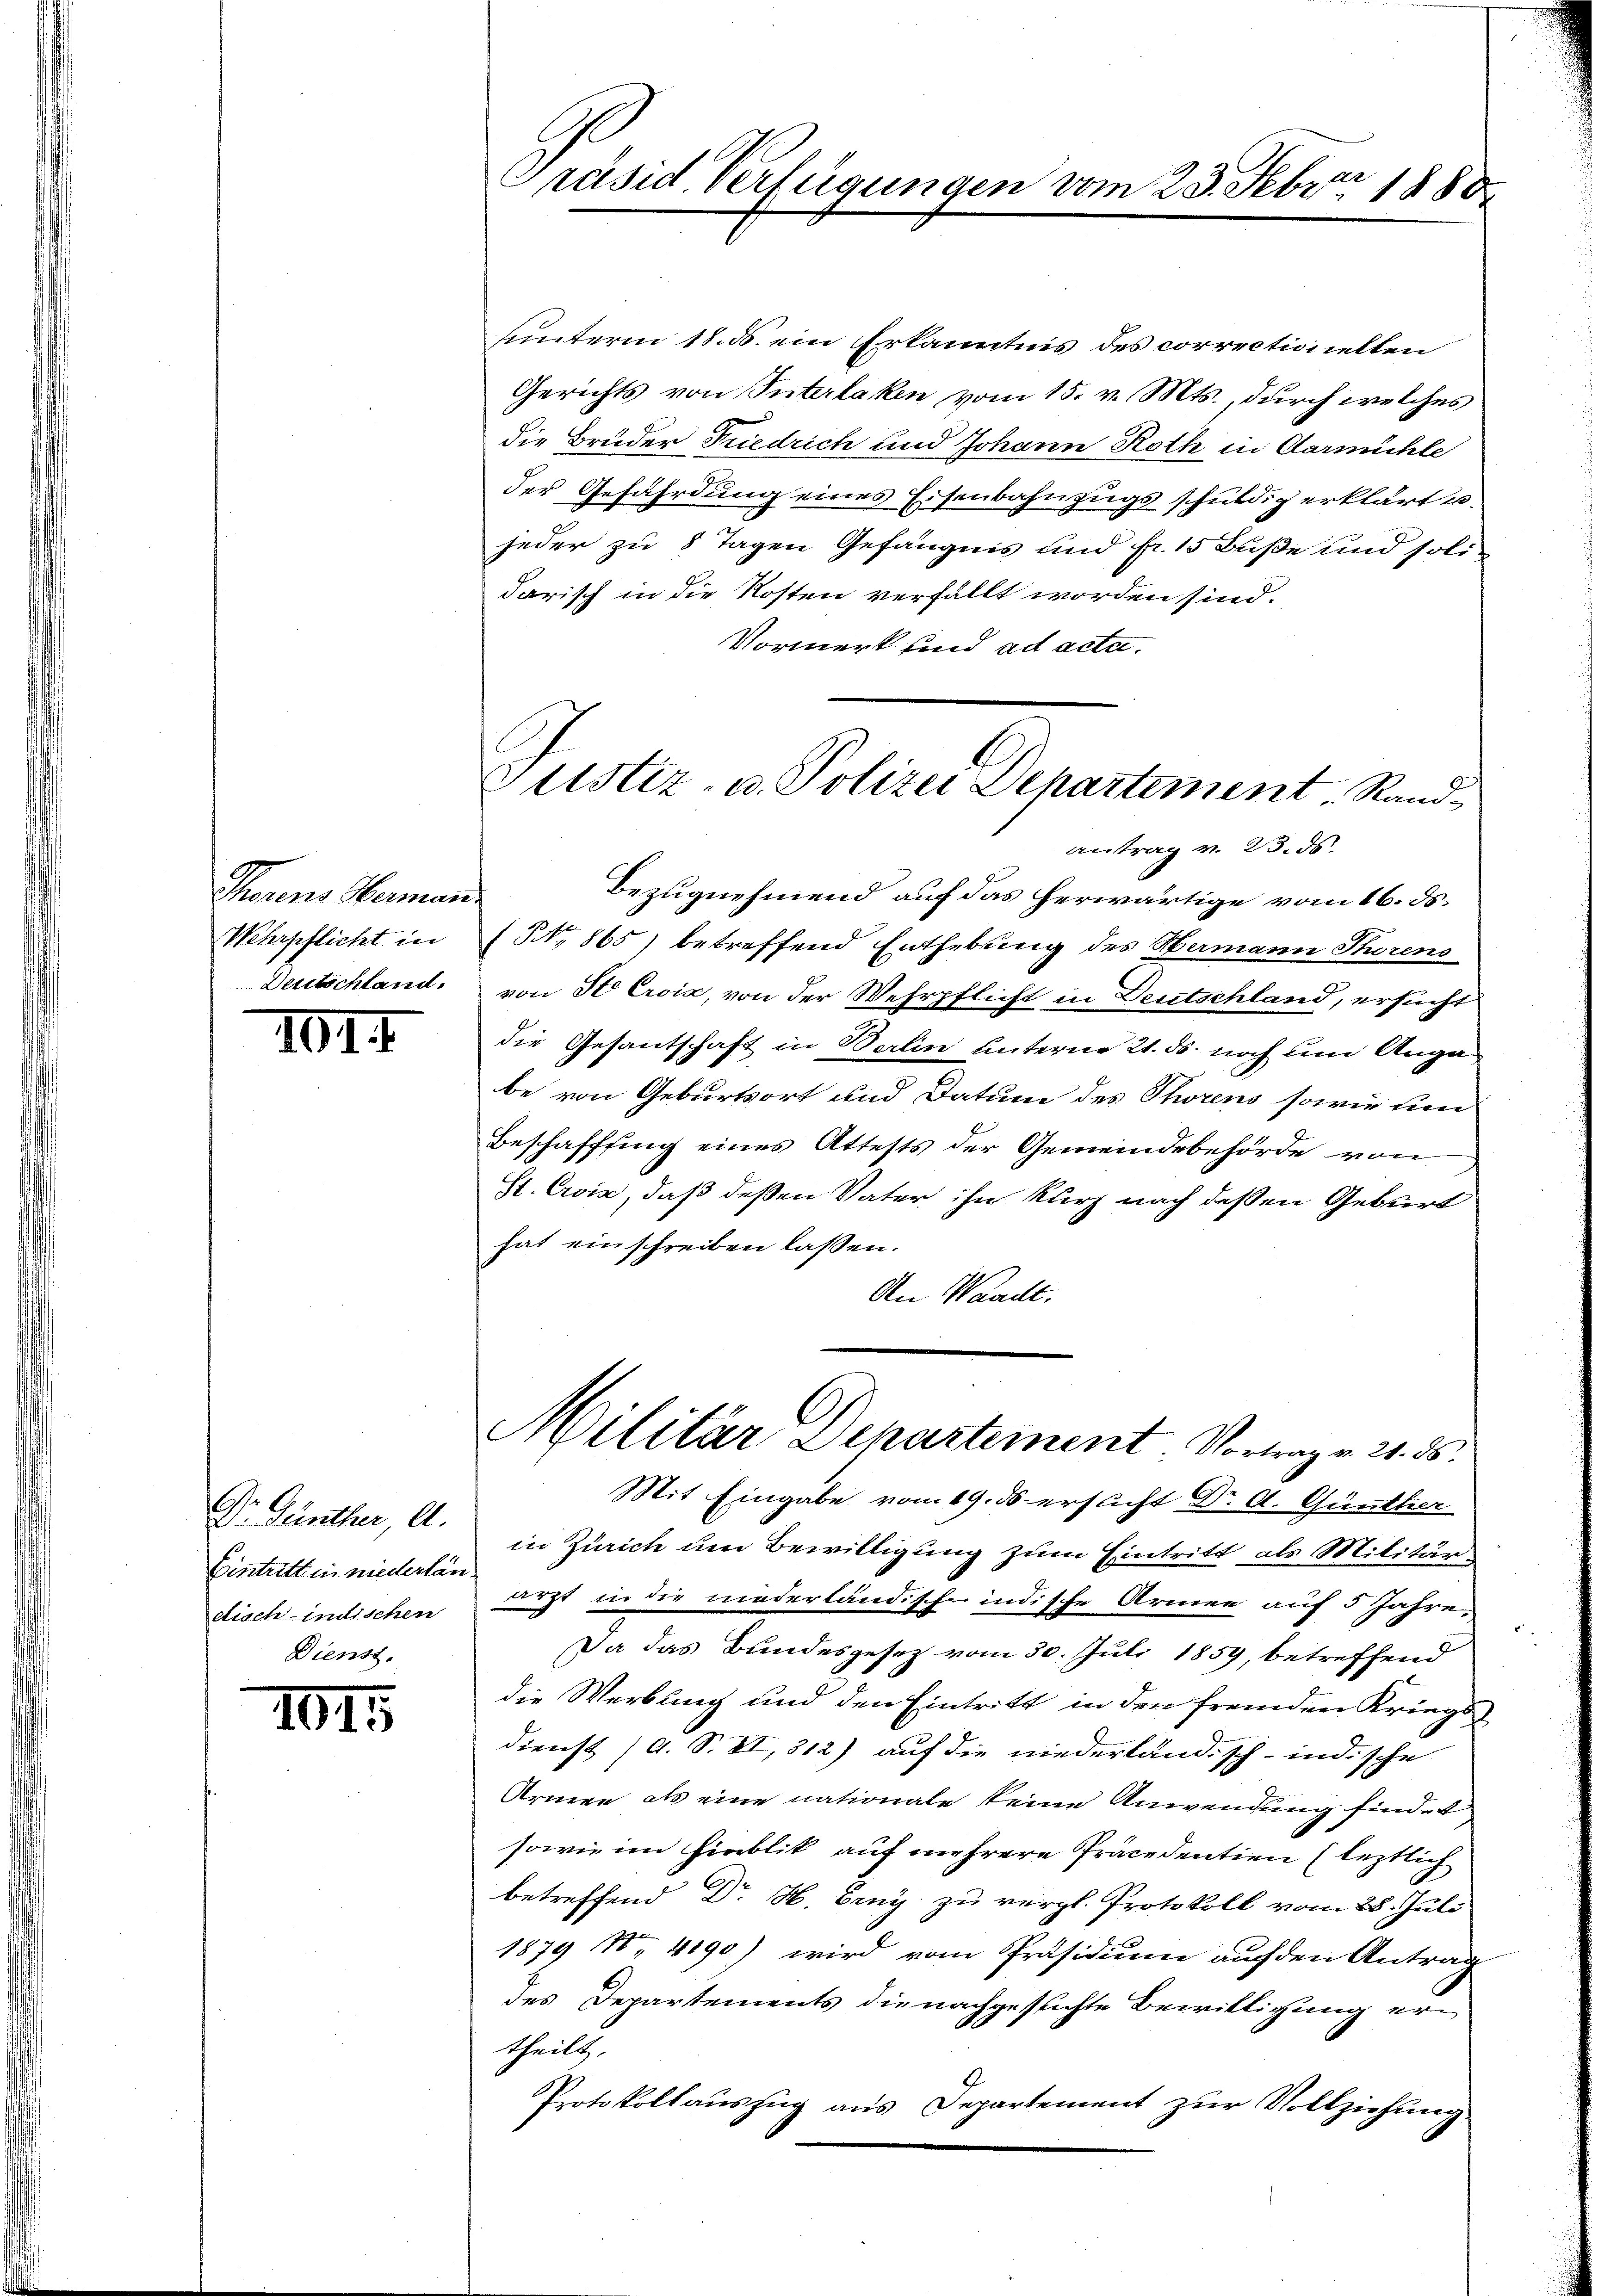
Thorens Herman
Wehrpflicht in
Deutschland.

1014

Dr. Günther, A.
Eintritt in niederlan
disch-indischen
Dienst.

1015

b
Präsid. Verfügungen vom 23. Febr. 1888

uunterm 18. ds. ein Erkanntnis des correctionellen
Gerichts von Interlaken vom 15. v. Mts., durch welches
die Brüder Friedrich und Johann Roth in Aarmühle
der Gefährdung eines Eisenbahnzugsschuldig erklärt u.
jeder zu 8 Tagen Gefängnis und fr. 15 Buße und soli-
darisch in die Kosten verfällt worden sind.
Vormerk sind ad acta.
antrag v. 23. ds.
Bezugnehmend auf das herwärtige vom 16. ds.
(N. 865) betreffend Enthebung des Hermann Thorens
von St. Croix, von der Wehrpflicht in Deutschland, ersucht
die Gesantschaft in Berlin unterne 21. ds. noch um Anga
be von Geburtsort und Datum des Thorens sowie und
Beschaffung eines Attests der Gemeindebehörde von
St. Croix, daß deßen Vater ihn kurz nach deßen Geburt
hat einschreiben lassen.
An Waadt.
Militär Departement. Vortragen 21. ds.
Mit Eingabe vom 19. ds ersucht Dr A. Gunttier
in Zürich um Bewilligung zum Eintritt als Militärarzt in die niederländische indische Armee auf 5 Jahre
Da das Bundesgesetz vom 30. Juli 1859, betreffend
die Werbung und den Eintritt in den fremden Kriegs
dienst (s. S. VI, 312) auf die niederland. sch-indische
Armen als eine nationale keine Anwendung findet
sowie im Hinblik auf mehrere Präcedentien (letztlich
betreffend Dr H. Erny zu vergl. Protokoll vom 28. Juli
1879 No 4190) wird vom Präsidium auf den Antrag
des Departements die nachgesuchte Bewilligung ertheilt.
Protokollauszug aus Departement zur Vollziehung

Justiz- u. Polizei Departement Rand